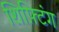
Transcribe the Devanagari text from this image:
शिफ़्टिंग